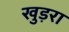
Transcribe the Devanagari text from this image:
खुड़रा